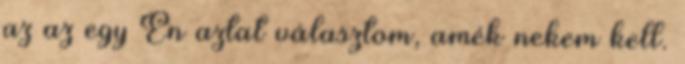
az az egy Én aztat választom, amék nekem kell.